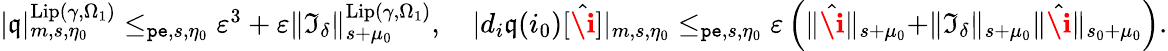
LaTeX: \begin{array}{r}{|\mathfrak{q}|_{m,s,\eta_{0}}^{\mathrm{Lip}(\gamma,\Omega_{1})}\le_{\mathtt{pe},s,\eta_{0}}\varepsilon^{3}+\varepsilon\rVert\mathfrak{I}_{\delta}\rVert_{s+\mu_{0}}^{\mathrm{Lip}(\gamma,\Omega_{1})},\quad|d_{i}\mathfrak{q}(i_{0})[\hat{\textbf{\i}}]|_{m,s,\eta_{0}}\le_{\mathtt{pe},s,\eta_{0}}\varepsilon\left(\rVert\hat{\textbf{\i}}\rVert_{s+\mu_{0}}+\rVert\mathfrak{I}_{\delta}\rVert_{s+\mu_{0}}\rVert\hat{\textbf{\i}}\rVert_{s_{0}+\mu_{0}}\right).}\end{array}